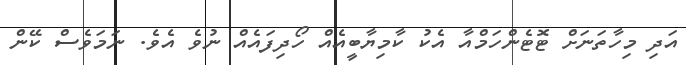
އަދި މިހާތަނަށް ޓޮޓެންހަމްއާ އެކު ކާމިޔާބީއެއް ހޯދިފައެއް ނުވެ އެވެ. ނަމަވެސް ކޭން